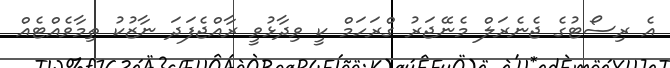
އެ ރިސޯޓުގެ ޖެނެރަލް މެނޭޖަރު ގްރަހަމް ކީ ވިދާޅުވީ ރާއްޖެފަދަ ނާޒުކު ތިމާވެއްޓެއް